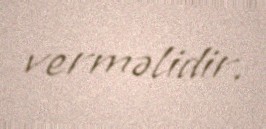
verməlidir.